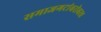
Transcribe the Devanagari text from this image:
समाजगटांबरोबरच